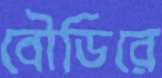
বৌডিরে